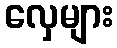
လှေများ